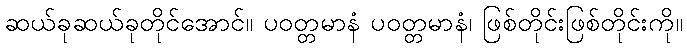
ဆယ်ခုဆယ်ခုတိုင်အောင်။ ပဝတ္တမာနံ ပဝတ္တမာနံ၊ ဖြစ်တိုင်းဖြစ်တိုင်းကို။